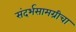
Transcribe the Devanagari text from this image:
संदर्भसामग्रीचा